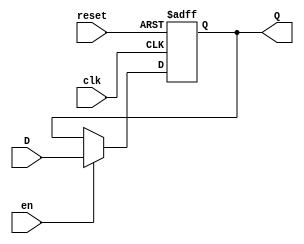
module BarrierRegister (
    input  wire        clk,     // Clock signal
    input  wire        reset,   // Asynchronous reset signal
    input  wire        en,      // Enable signal
    input  wire [N-1:0] D,      // Data input
    output reg  [N-1:0] Q       // Data output
);
    parameter N = 8; // Define the width of the register (change as needed)

    // Asynchronous reset and synchronous data storage
    always @(posedge clk or posedge reset) begin
        if (reset) begin
            Q <= {N{1'b0}}; // Reset output to zero
        end else if (en) begin
            Q <= D; // Latch Data input on clock edge if enabled
        end
        // If reset is not active and enable is low, Q retains its current value
    end
endmodule